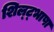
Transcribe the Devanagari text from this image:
शिल्ट्भाषा